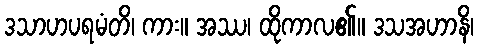
ဒသာဟပရမံတိ၊ ကား။ အဿ၊ ထိုကာလ၏။ ဒသအဟာနိ၊